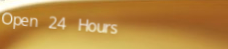
Open 24 Hours